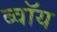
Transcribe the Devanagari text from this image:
ब्‍वॉय